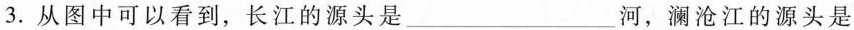
3.从图中可以看到，长江的源头是___河，澜沧江的源头是